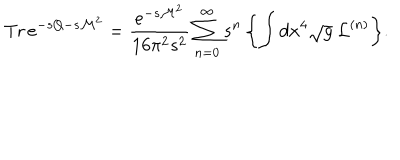
\mathrm { T r } \, e ^ { - s Q - s { \cal M } ^ { 2 } } = \frac { e ^ { - s { \cal M } ^ { 2 } } } { 1 6 \pi ^ { 2 } s ^ { 2 } } \sum _ { n = 0 } ^ { \infty } s ^ { n } \, \biggl \{ \int d x ^ { 4 } \sqrt { g } \: { \cal L } ^ { ( n ) } \biggr \} .